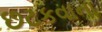
છટકવાના